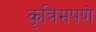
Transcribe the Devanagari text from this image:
कृत्रिमपणे